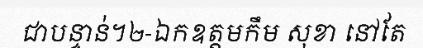
ជាបន្ទាន់។២-ឯកឧត្តមកឹម សុខា នៅតែ